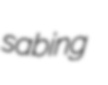
sabing